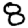
Digit: 8